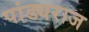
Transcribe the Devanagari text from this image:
पांड्यराज